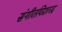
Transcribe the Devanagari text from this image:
संगीतविशारद